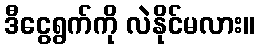
ဒီငွေရွက်ကို လဲနိုင်မလား။